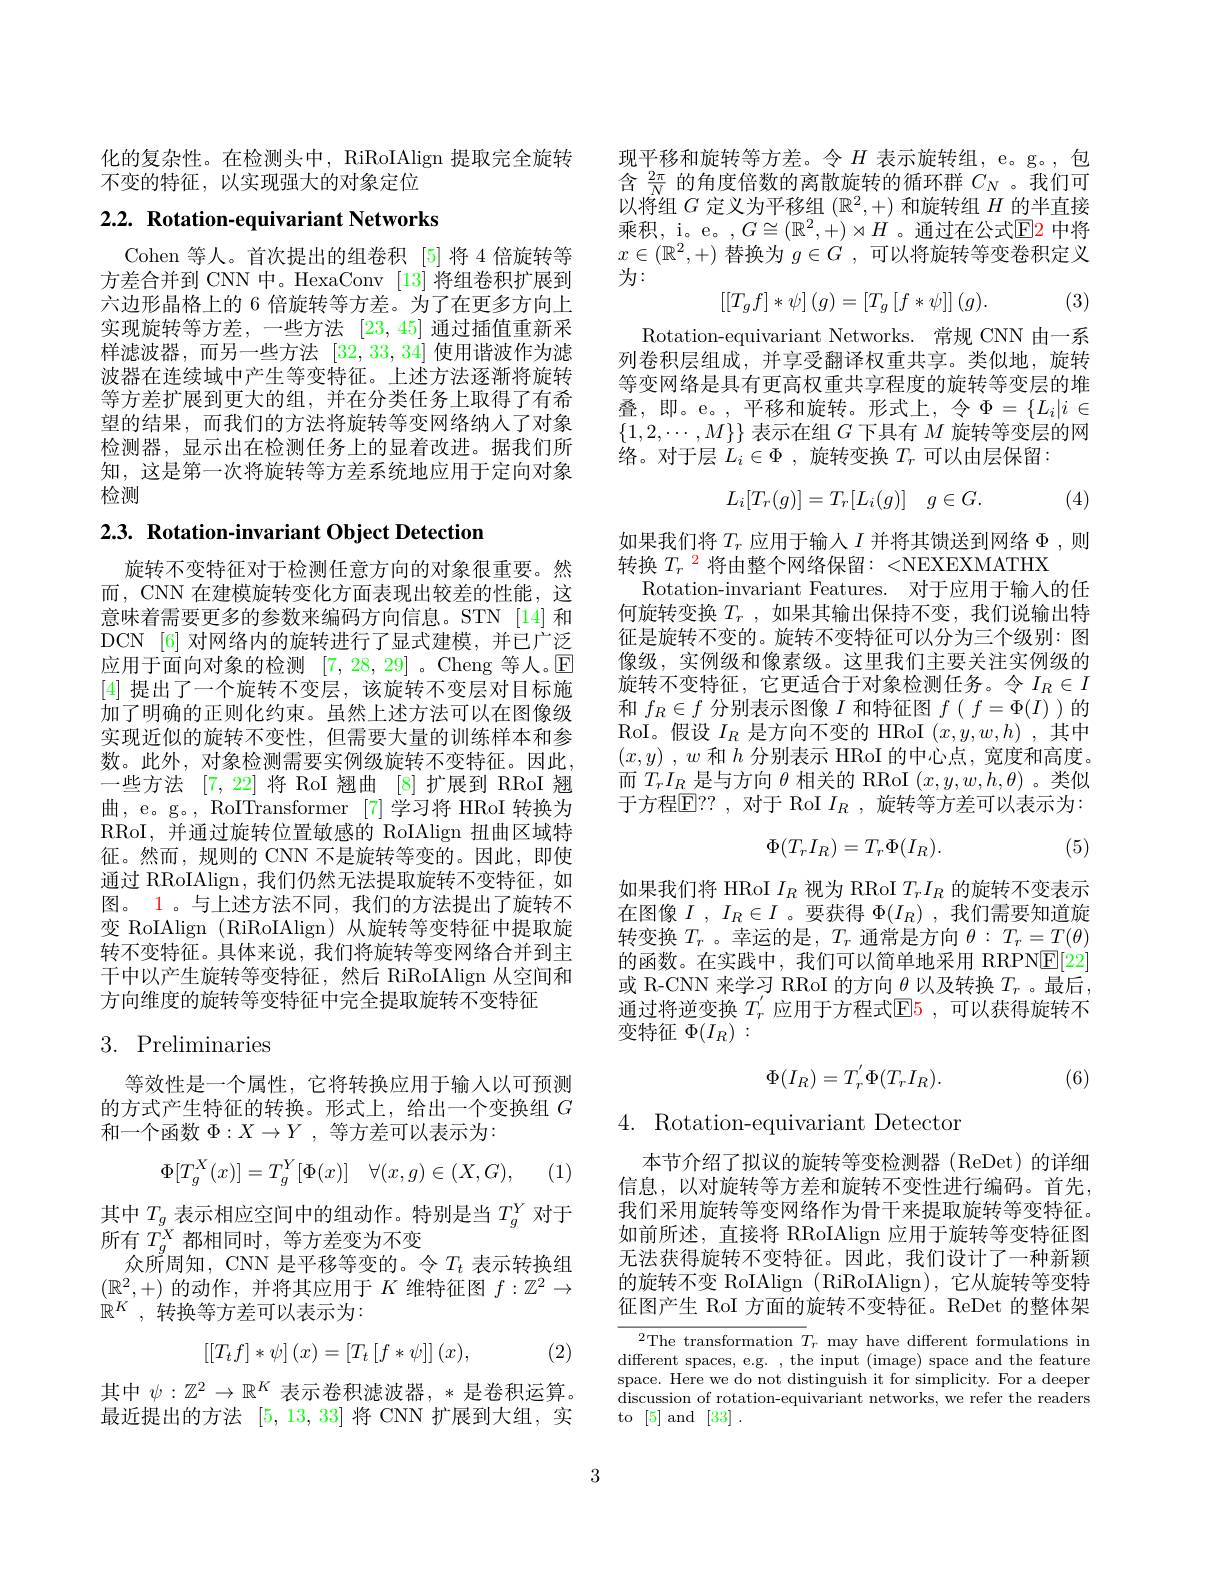
化的复杂性。在检测头中，RiRoIAlign 提取完全旋转
不变的特征，以实现强大的对象定位

# 2.2. Rotation-equivariant Networks

Cohen 等人。首次提出的组卷积 [5]将 4 倍旋转等方差合并到 CNN 中。HexaConv [13]将组卷积扩展到六边形晶格上的 6 倍旋转等方差。为了在更多方向上实现旋转等方差，一些方法[23,45]通过插值重新采样滤波器，而另一些方法[32,33,34]使用谐波作为滤波器在连续域中产生等变特征。上述方法逐渐将旋转等方差扩展到更大的组，并在分类任务上取得了有希望的结果，而我们的方法将旋转等变网络纳人了对象检测器，显示出在检测任务上的显着改进。据我们所知，这是第一次将旋转等方差系统地应用于定向对象检测

$2. 3. \textbf{ Rotation- invariant Object Detection}$

旋转不变特征对于检测任意方向的对象很重要。然而，CNN 在建模旋转变化方面表现出较差的性能，这意味着需要更多的参数来编码方向信息。STN [14]和DCN [6] 对网络内的旋转进行了显式建模，并已广泛应用于面向对象的检测[7,28,29] 。Cheng 等人。$\mathbb{E}$ [4]提出了一个旋转不变层，该旋转不变层对目标施加了明确的正则化约束。虽然上述方法可以在图像级实现近似的旋转不变性，但需要大量的训练样本和参数。此外，对象检测需要实例级旋转不变特征。因此， 一些方法[7,22]将 RoI 翘曲[8]扩展到 RRoI 翘曲，e。g。, RoITransformer [7]学习将 HRoI 转换为RRoI, 并通过旋转位置敏感的 RoIAlign 扭曲区域特征。然而，规则的 CNN 不是旋转等变的。因此，即使通过 RRoIAlign, 我们仍然无法提取旋转不变特征，如图。1。与上述方法不同，我们的方法提出了旋转不变 RoIAlign (RiRoIAlign) 从旋转等变特征中提取旋转不变特征。具体来说，我们将旋转等变网络合并到主干中以产生旋转等变特征，然后 RiRoIAlign 从空间和方向维度的旋转等变特征中完全提取旋转不变特征

# 3. Preliminaries

等效性是一个属性，它将转换应用于输人以可预测的方式产生特征的转换。形式上，给出一个变换组$G$ 和一个函数$\Phi:X\to Y$ ,等方差可以表示为：
$$\Phi[T_g^X(x)]=T_g^Y[\Phi(x)]\quad\forall(x,g)\in(X,G),$$
(1)

其中$T_g$表示相应空间中的组动作。特别是当$T_g^Y$对于
所有$T_g^X$都相同时，等方差变为不变
众所周知，CNN 是平移等变的。令$T_t$表示转换组$(\mathbb{R}^2,+)$的动作，并将其应用于$K$维特征图$f:\mathbb{Z}^2\to$ $\mathbb{R} ^K$ , 转换等方差可以表示为：
$$\left[\left[T_tf\right]*\psi\right](x)=\left[T_t\left[f*\psi\right]\right](x),$$
(2)

其中$\psi:\mathbb{Z}^2\to\mathbb{R}^K$表示卷积滤波器，*是卷积运算。最近提出的方法[5,13,33]将 CNN 扩展到大组，实

现平移和旋转等方差。令$H$ 表示旋转组，e。g。,包含$\frac{2\pi}N$的角度倍数的离散旋转的循环群$C_N$ 。我们可以将组$G$定义为平移组$(\mathbb{R}^2,+)$和旋转组$H$的半直接乘积，i。e。, $G\cong(\mathbb{R}^{2},+)\rtimes H$ 。通过在公式$\color{red}{\operatorname*{E}}$ 中将$x\in(\mathbb{R}^2,+)$替换为$g\in G^\prime$,可以将旋转等变卷积定义为：
$$\left[\left[T_gf\right]*\psi\right](g)=\left[T_g\left[f*\psi\right]\right](g).$$
. (3)

Rotation-equivariant Networks. 常规 CNN 由一系列卷积层组成，并享受翻译权重共享。类似地，旋转等变网络是具有更高权重共享程度的旋转等变层的堆叠，即。e。,平移和旋转。形式上，令$\Phi=\{L_i|i\in$ $\{1,2,\cdots,M\}\}$表示在组$G$下具有$M$旋转等变层的网络。对于层$L_i\in\Phi$,旋转变换$T_r$可以由层保留：
$$L_i[T_r(g)]=T_r[L_i(g)]\quad g\in G.$$
(4)

如果我们将$T_r$应用于输人$I$并将其馈送到网络$\Phi$,则
转换$T_r^2$将由整个网络保留：<NEXEXMATHX
Rotation-invariant Features. 对于应用于输入的任何旋转变换$T_r$ ,如果其输出保持不变，我们说输出特征是旋转不变的。旋转不变特征可以分为三个级别：图像级，实例级和像素级。这里我们主要关注实例级的旋转不变特征，它更适合于对象检测任务。令$I_R\in I$ 和$f_R\in f$分别表示图像$I$和特征图$f(f=\Phi(I)$ )的RoI。假设$I_R$是方向不变的 HRoI $(x,y,w,h)$ ,其中$( x, y)$ , $w$和$h$分别表示 HRoI 的中心点，宽度和高度。而$T_rI_R$是与方向$\theta$相关的 RRoI $(x,y,w,h,\theta)$ 。类似于方程$\mathbb{E}$!?,对于 RoI $I_R$, 旋转等方差可以表示为：

(5)
$$\Phi(T_rI_R)=T_r\Phi(I_R).$$
如果我们将 HRoI $I_R$视为 RRoI $T_rI_R$的旋转不变表示在图像$I$ ,$I_R\in I$ 。要获得 $\Phi(I_R)$ ,我们需要知道旋转变换$T_r$ 。幸运的是$,T_r$通常是方向$\theta:T_r=T(\theta)$ 的函数。在实践中，我们可以简单地采用 RRPN$\underline{\mathrm{E}}[22]$ 或 R-CNN 来学习 RRoI 的方向\_$\theta$以及转换$T_r$ 。最后通过将逆变换 $T_r^{^{\prime}}$ 应用于方程式$\mathbb{E}$5 ,可以获得旋转不变特征$\Phi(I_R):$
$$\Phi(I_R)=T_r^{'}\Phi(T_rI_R).$$
(6)

4. Rotation-equivariant Detector

本节介绍了拟议的旋转等变检测器 (ReDet)的详细信息，以对旋转等方差和旋转不变性进行编码。首先， 我们采用旋转等变网络作为骨干来提取旋转等变特征。如前所述，直接将 RRoIAlign 应用于旋转等变特征图无法获得旋转不变特征。因此，我们设计了一种新颖的旋转不变 RoIAlign (RiRoIAlign), 它从旋转等变特征图产生 RoI 方面的旋转不变特征。ReDet 的整体架

$\begin{array}{cc}{^{2}\mathrm{The~transformation~}T_{r}~\mathrm{may~have~different~formulations~in}}\\{\mathrm{different~spaces,~e.g.~,~the~input~(image)~space~and~the~feature}}\\{\mathrm{Ir~ar~ar~ar~ar~ar~ar~ar~ar~ar~ard~the~feature}}\end{array}$ space. Here we do not distinguish it for simplicity. For a deeper $\dot{\text{discussion of rotation-equivariant networks, we refer the readers}}$ to [5]and[33]

3